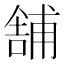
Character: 舗